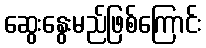
ဆွေးနွေးမည်ဖြစ်ကြောင်း